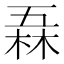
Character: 𠄻